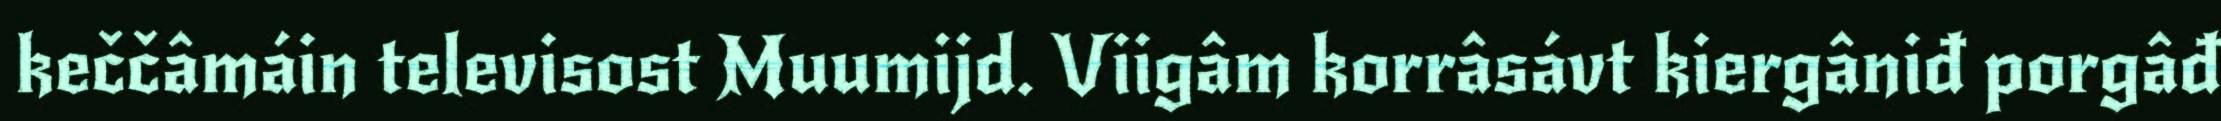
keččâmáin televisost Muumijd. Viigâm korrâsávt kiergâniđ porgâđ